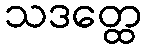
သဒတ္ထေ